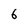
Character: 6